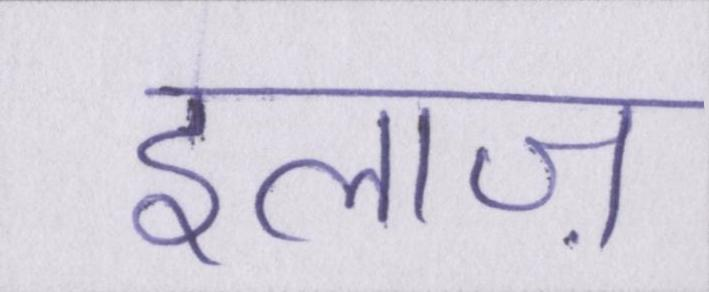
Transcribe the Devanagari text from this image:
इलाज़